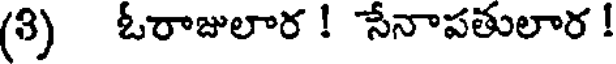
(3) ఓరాజులార ! సేనాపతులార !